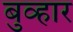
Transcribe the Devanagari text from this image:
बुव्हार